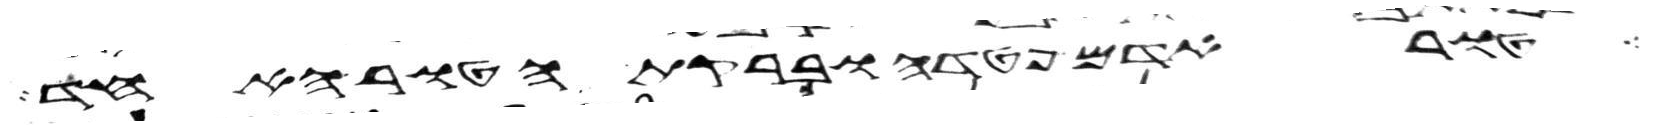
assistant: אדם פטדה וברקת הטור האחד